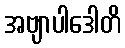
အဗျာပါဒေါတိ